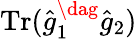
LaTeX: \operatorname{Tr}(\hat{g}_{1}^{\dag}\hat{g}_{2})